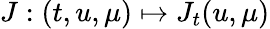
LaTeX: J:(t,u,\mu)\mapsto J_{t}(u,\mu)